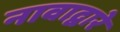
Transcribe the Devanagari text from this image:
नावाद्वारे